Statistics compiled by the Government of India from the reports of provincial Civil Veterinary Departments
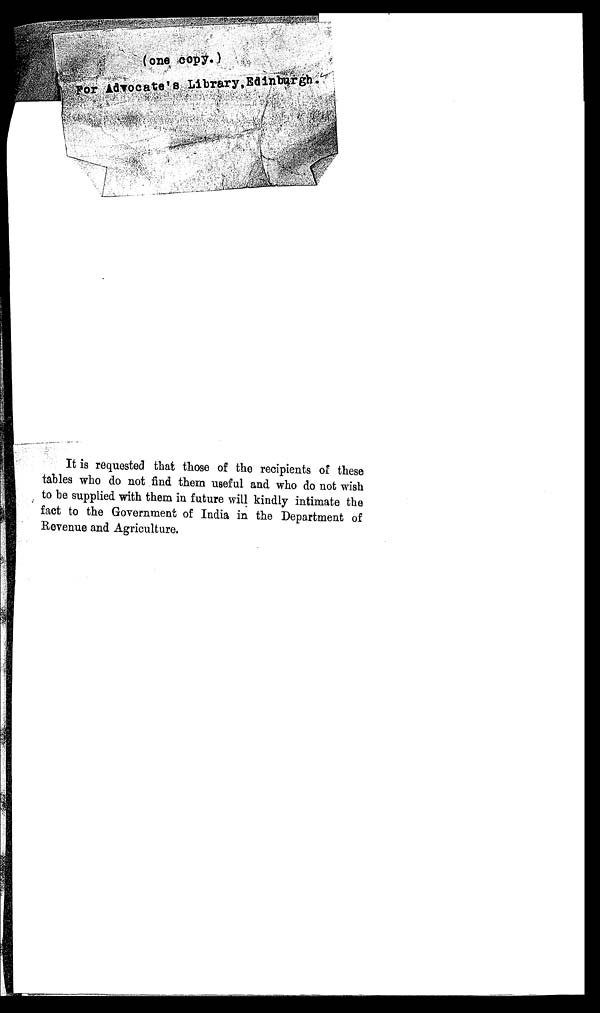
(one copy.)
For Advocate's Library,Edinburgh.
It is requested that those of the recipients of these
tables who do not find them useful and who do not wish
to be supplied with them in future will kindly intimate the
fact to the Government of India in the Department of
Revenue and Agriculture.